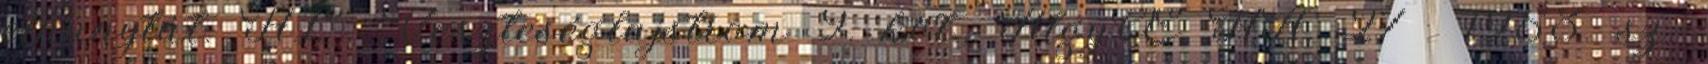
elhunytát. HL. Veszteséglajstrom 9. köt., AlgyŒ HA. 27 1953. sz.